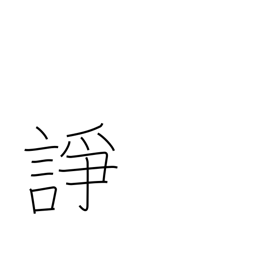
Meaning: quarrel